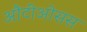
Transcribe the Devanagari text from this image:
औटीओसस